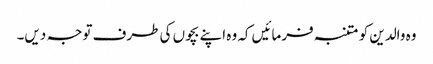
وہ والدین کو متنبہ فرمائیں کہ وہ اپنے بچوں کی طرف توجہ دیں۔